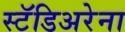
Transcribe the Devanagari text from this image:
स्टॅडिअरेना